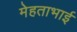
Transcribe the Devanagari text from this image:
मेहताभाई